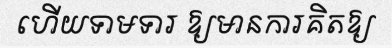
ហើយទាមទារ ឱ្យមានការគិតឱ្យ